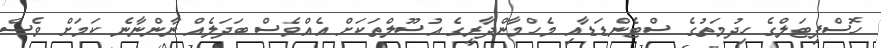
ހޮސްޕިޓަލްގެ ހިދުމަތުގެ ސްޓެންޑަޑާއި މެހްމާންދާރީގެ އުސޫލްތަކަށް އެއްވެސް ބަދަލެއް ނާންނާނެ ކަމަށް ވެސް